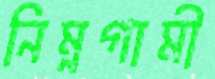
নিম্নগামী